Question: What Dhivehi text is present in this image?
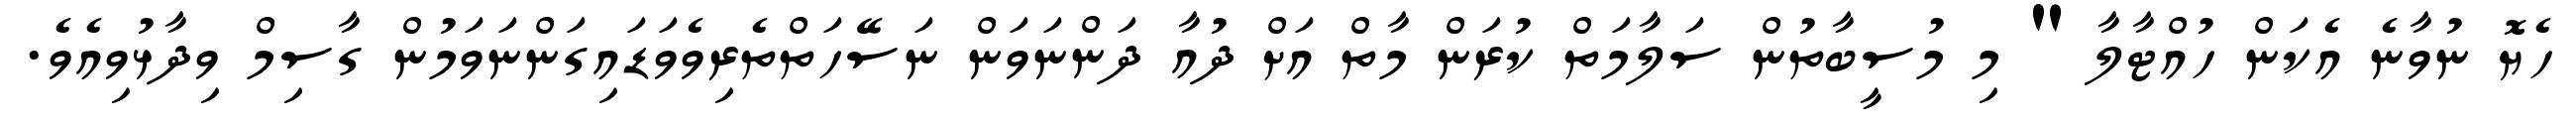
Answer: ހެޔޮ ނުވާނެ އެކަން ހުއްޓާލާ " މި މުސީބާތުން ސަލާމަތް ކުރަން މާތް އަށް ދުއާ ދަންނަވަން ނަސޭހަތްތެރިވެވަޑައިގަންނަވަމުން ގާސިމް ވިދާޅުވިއެވެ.